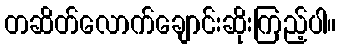
တဆိတ်လောက်ချောင်းဆိုးကြည့်ပါ။